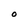
Character: O